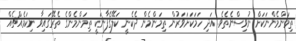
ތިމަންމެންނަކަށް ނުވިސްނެތެވެ. އަދި ހަމަކަށަވަރުން ތިމަންމެން ދެކެނީ ކަލޭގެފާނަކީ ތިމަންމެންގެ ތެރޭގައިވާ ނިކަމެއްޗެއް